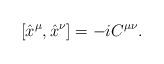
LaTeX: \begin{align*}[\hat{x}^\mu ,\hat{x}^\nu ]=-iC^{\mu\nu}.\end{align*}